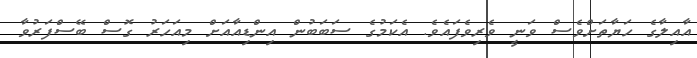
އާއިލާގެެ ހަޔާތަށްވެސް ވަނީ ވެެރިވެެފައެވެ. އެކަމުގެެ ސަބަބުން އިންޑިއާއަށް މިއަހަރު ގޮސް ބޭސްފަރުވާ